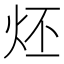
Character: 𤇨